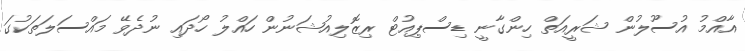
އާއްމު އުސޫލުން ޝަރީއަތް ހިންގާނީ ޑިސްޕިއުޓް ރިޒޮލިއުޝަނުން ހައްލު ހޯދައި ނުދެވޭ މައްސަލަތަކުގަ